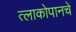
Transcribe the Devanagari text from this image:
त्लाकोपानचे